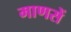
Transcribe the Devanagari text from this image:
माणसें